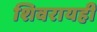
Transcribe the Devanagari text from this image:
शिवरायही